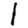
Digit: 1